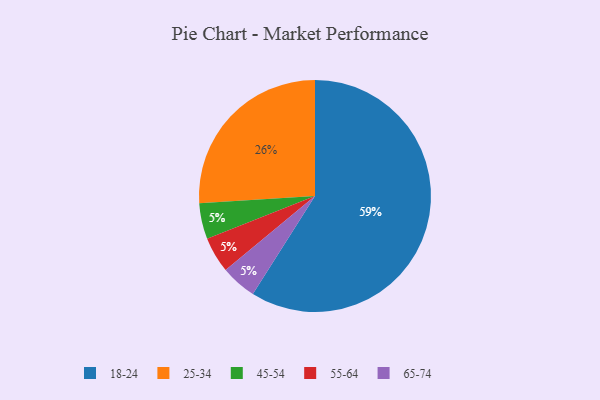
{"axis": {"x": "Category", "y": "Percentage"}, "legend": ["18-24", "25-34", "45-54", "55-64", "65-74"], "data": [{"x": "18-24", "y": 59, "type": "18-24"}, {"x": "45-54", "y": 5, "type": "45-54"}, {"x": "25-34", "y": 26, "type": "25-34"}, {"x": "55-64", "y": 5, "type": "55-64"}, {"x": "65-74", "y": 5, "type": "65-74"}]}